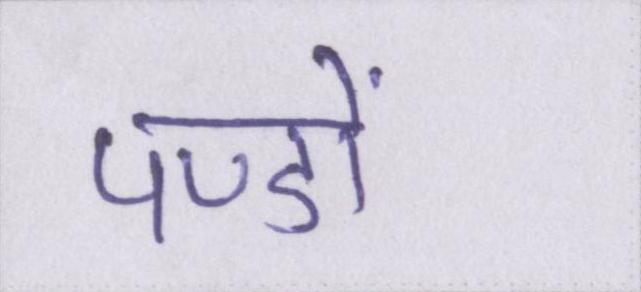
पण्डों